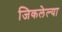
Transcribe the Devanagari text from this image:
जिकलेल्या